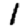
Digit: 1